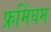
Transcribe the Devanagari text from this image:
फ्रमिंघम